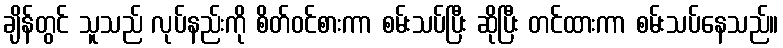
ချိန်တွင် သူသည် လုပ်နည်းကို စိတ်ဝင်စားကာ စမ်းသပ်ပြီး ဆိုပြီး တင်ထားကာ စမ်းသပ်နေသည်။